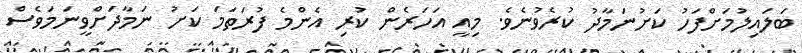
ބަލައިލުމަށްފަހު ކަށުނަމާދު ކުރެވުނެވެ. މިއީ އަހަރެން ކުރި އެންމެ ފުރަތަމަ ކަށު ނަމާދަށްވީނަމަވެސް